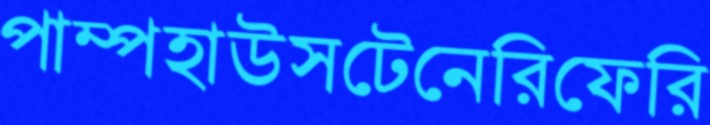
পাম্পহাউসটেনেরিফেরি